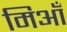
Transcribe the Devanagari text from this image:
मिआँ